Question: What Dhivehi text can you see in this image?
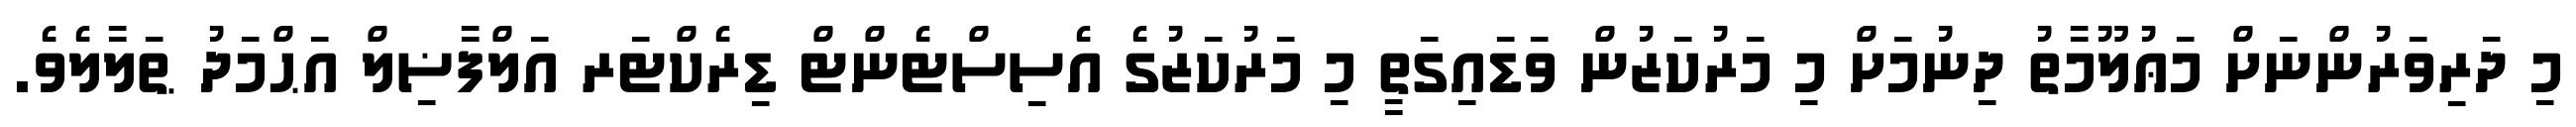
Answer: މި ދަރިވަރުންނަށް މަޢުލޫމާތު ދިނުމަށް މި މަރުކަޒުން ވަޑައިގަތީ މި މަރުކަޒުގެ އެސިސްޓެންޓް ޑިރެކްޓަރ އަލްފާޟިލް އަޙްމަދު ޠަލާލެވެ.